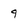
Character: 9